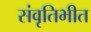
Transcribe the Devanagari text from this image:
संवृतिभीत